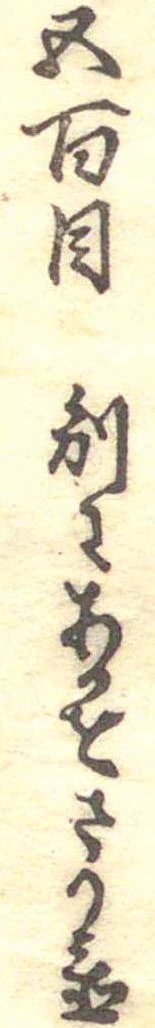
五百目別にあかをさり置